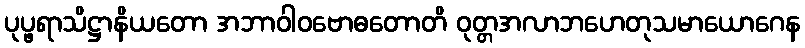
ပုပ္ဖရာသိဋ္ဌာနိယတော အဘာဝါဝဗောဓတောတိ ဝုတ္တအလာဘဟေတုသမာယောဂေန